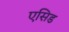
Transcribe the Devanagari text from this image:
एसिड